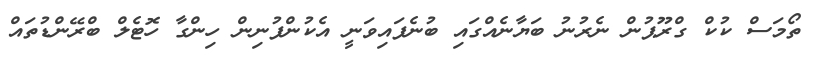
ތޯމަސް ކުކް ގްރޫޕުން ނެރުނު ބަޔާނެއްގައި ބުނެފައިވަނީ އެކުންފުނިން ހިންގާ ހޮޓެލް ބްރޭންޑުތައް